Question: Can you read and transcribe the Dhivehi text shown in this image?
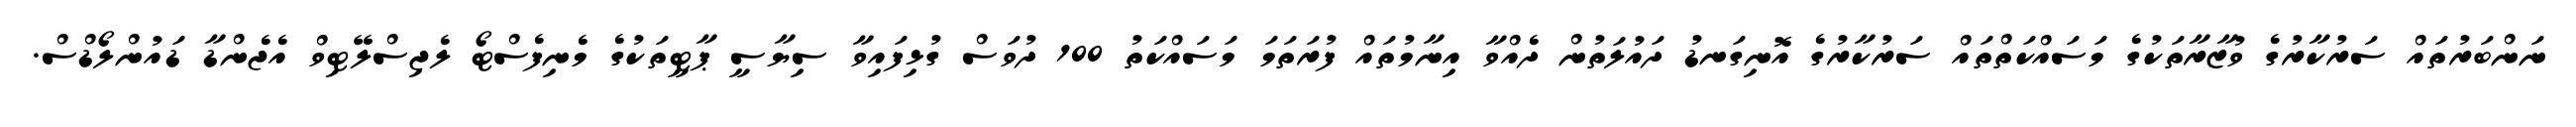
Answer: ނަންބަރުތައް ސަރުކާރުގެ ވުޒާރާތަކުގެ މަސައްކަތްތައް ސަރުކާރުގެ އޮނިގަނޑު ދައުލަތުން ދެއްވާ އިނާމުތައް ފުރަތަމަ މަސައްކަތު 100 ދުވަސް ގުޅިފައިވާ ސިޔާސީ ޕާޓީތަކުގެ މެނިފެސްޓޯ ލެޖިސްލޭޓިވް އެޖެންޑާ ޑައުންލޯޑްސް.